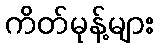
ကိတ်မုန့်များ